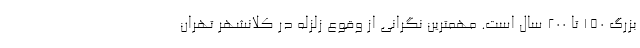
بزرگ ۱۵۰ تا ۲۰۰ سال است. مهمترین نگرانی از وقوع زلزله در کلانشهر تهران